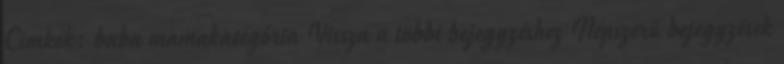
Címkék: baba mamakategória Vissza a többi bejegyzéshez Népszerű bejegyzések